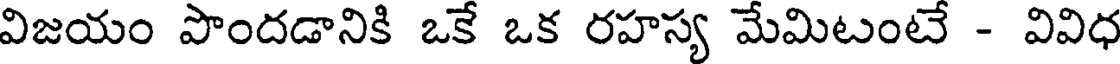
విజయం పొందడానికి ఒకే ఒక రహస్య మేమిటంటే - వివిధ